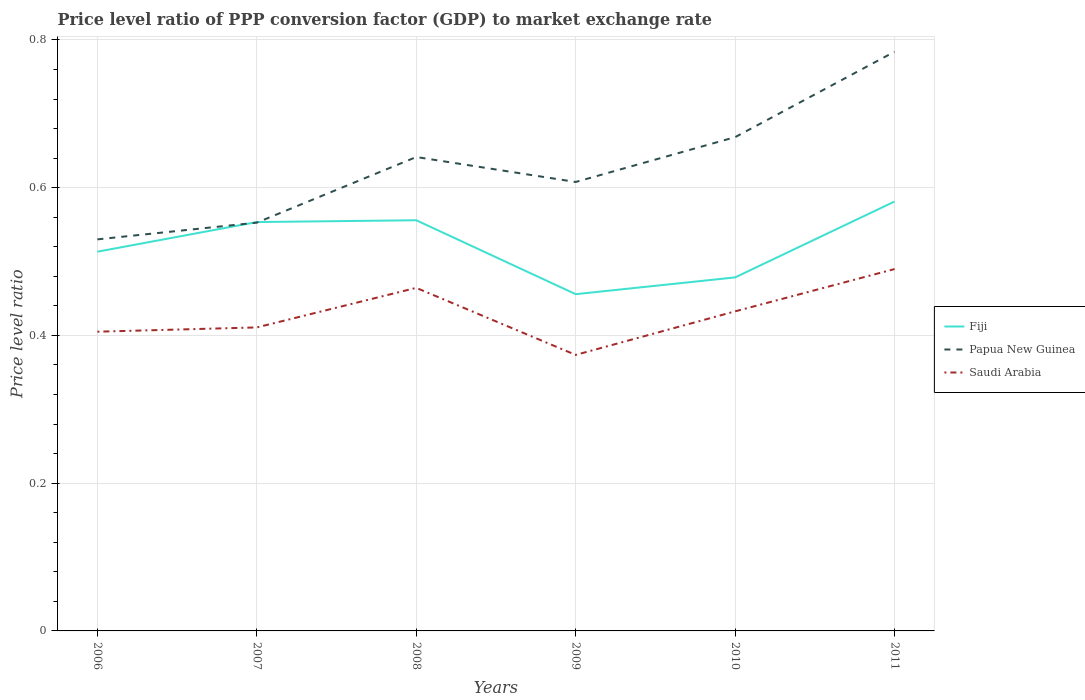
| Years | Fiji | Papua New Guinea | Saudi Arabia |
 | --- | --- | --- | --- |
 | 2006 | 0.513 | 0.53 | 0.405 |
 | 2007 | 0.553 | 0.553 | 0.411 |
 | 2008 | 0.556 | 0.642 | 0.464 |
 | 2009 | 0.456 | 0.608 | 0.374 |
 | 2010 | 0.479 | 0.668 | 0.433 |
 | 2011 | 0.581 | 0.784 | 0.49 |